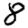
Digit: 8